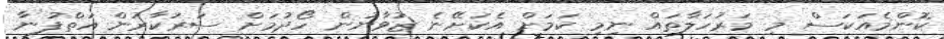
ކޮންމެއަކަސް މި މަރުހަލާތައް ނިމި ކަމަށް އެކަށޭނެ ޒުވާނުން ހޯދުމަށް ސަރުކާރުން އަތްފުނާ